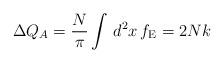
LaTeX: \begin{align*}\Delta Q_{A}=\frac{N}{\pi}\int\, d^{2}x \, f_{\rm E}=2Nk\end{align*}